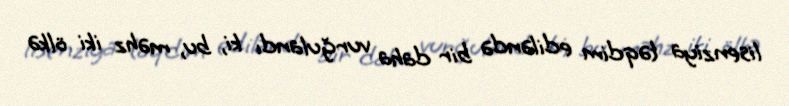
lisenziya təqdim ediləndə bir daha vurğulandı ki, bu, məhz iki ölkə